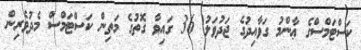
ކަސްޓަމްސްގެ ޢާންމު ގަވާއިދުގެ ޖަދުވަލު 36 ގައިވާ ގޮތުގެ މަތިން ކަސްޓަމްސް މެދުވެރިން